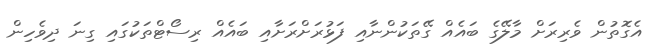
އެގޮތުން ވެރިރަށް މާލޭގެ ބައެއް ގޭތަކުންނާއި ފަޅުރަށްރަށާއި ބައެއް ރިސޯޓްތަކުގައި ގިނަ ދިވެހިން